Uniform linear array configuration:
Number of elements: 4
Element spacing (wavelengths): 0.5
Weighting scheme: binomial
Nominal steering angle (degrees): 45
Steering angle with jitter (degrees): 46.675
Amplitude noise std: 0.05
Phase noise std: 0.05

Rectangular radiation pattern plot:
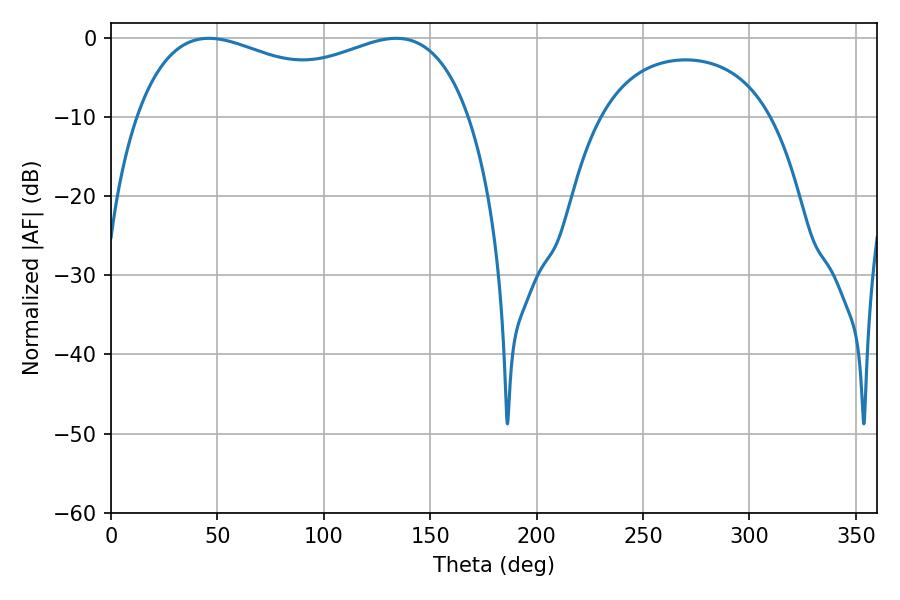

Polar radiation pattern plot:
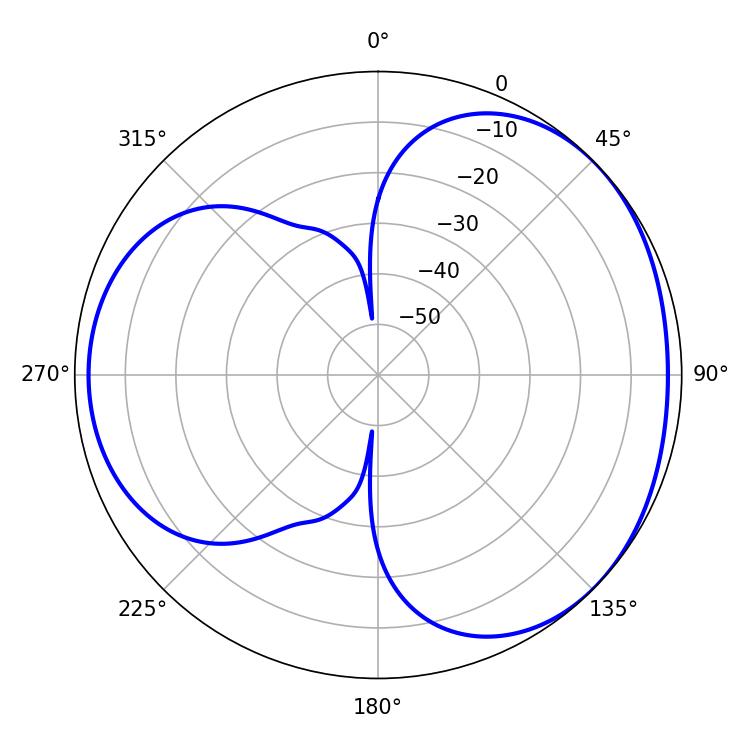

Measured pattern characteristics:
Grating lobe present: FALSE
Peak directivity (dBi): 3.411
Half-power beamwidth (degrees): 129.6
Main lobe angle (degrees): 45.9